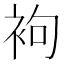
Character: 袧